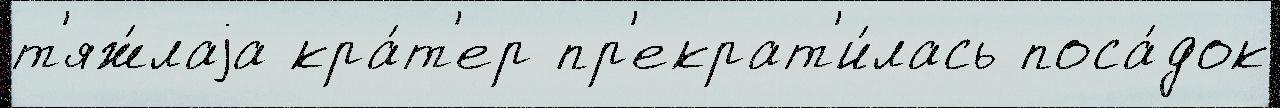
т'яж́лаjа кра́т'ер пр'екрат'и́лась поса́док